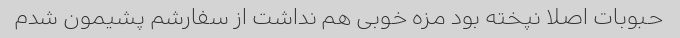
حبوبات اصلا نپخته بود مزه خوبی هم نداشت از سفارشم پشیمون شدم